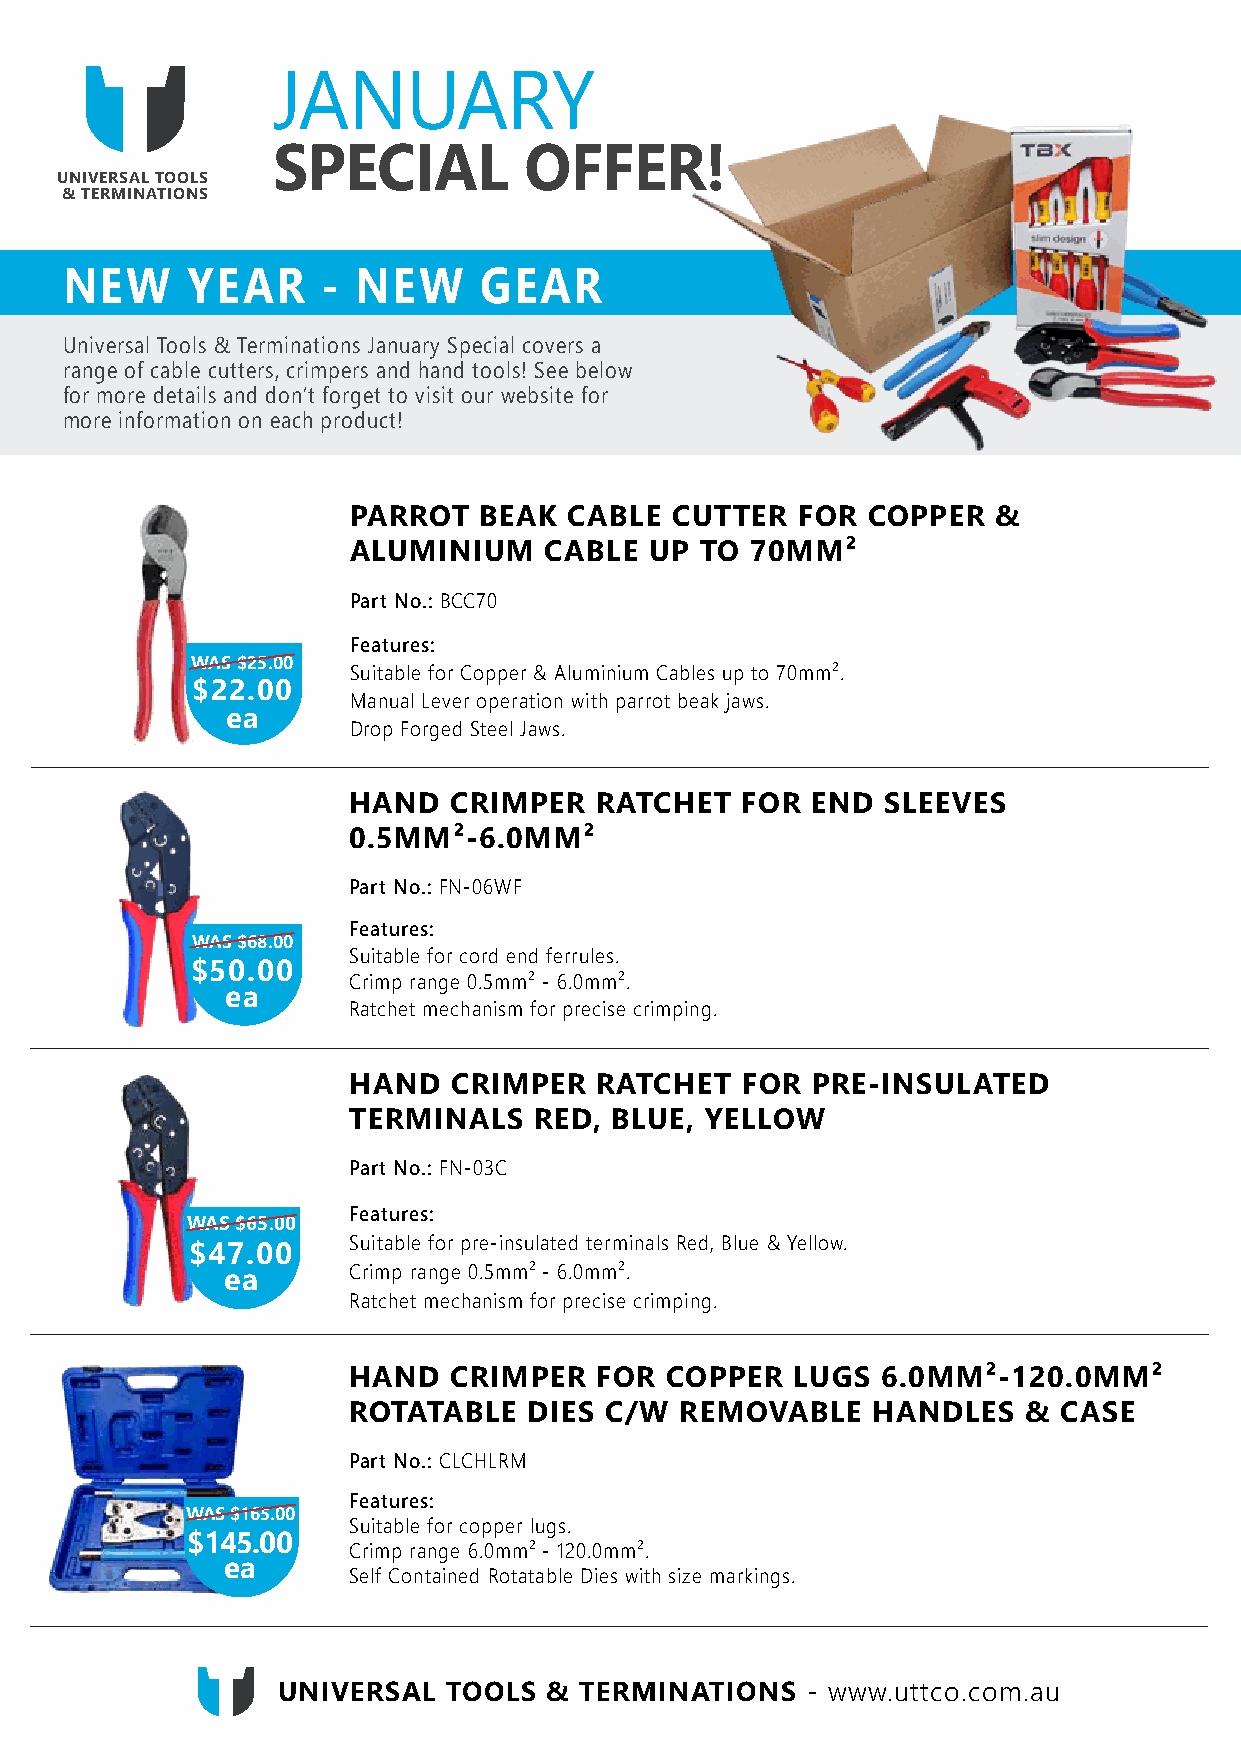
JANUARY
 SPECIAL          OFFER!
 UNIVERSAL TOOLS
 & TERMINATIONS
 NEW     YEAR     -  NEW     GEAR
 Universal Tools & Terminations January Special covers a
 range of cable cutters, crimpers and hand tools! See below
 for more details and don’t forget to visit our website for
 more information on each product!
 PARROT   BEAK  CABLE CUTTER   FOR COPPER   &
 ALUMINIUM    CABLE  UP TO  70MM²
 Part No.: BCC70
 Features:
 WAS $25.00
 Suitable for Copper & Aluminium Cables up to 70mm².
 $22.00
 Manual Lever operation with parrot beak jaws.
 ea
 Drop Forged Steel Jaws.
 HAND   CRIMPER  RATCHET   FOR  END  SLEEVES
 0.5MM²-6.0MM²
 Part No.: FN-06WF
 Features:
 WAS $68.00
 Suitable for cord end ferrules.
 $50.00
 Crimp range 0.5mm² - 6.0mm².
 ea
 Ratchet mechanism for precise crimping.
 HAND   CRIMPER  RATCHET   FOR  PRE-INSULATED
 TERMINALS   RED, BLUE,  YELLOW
 Part No.: FN-03C
 Features:
 WAS $65.00
 Suitable for pre-insulated terminals Red, Blue & Yellow.
 $47.00
 ea      Crimp range 0.5mm² - 6.0mm².
 Ratchet mechanism for precise crimping.
 HAND   CRIMPER  FOR  COPPER   LUGS 6.0MM²-120.0MM²
 ROTATABLE   DIES C/W  REMOVABLE    HANDLES   & CASE
 Part No.: CLCHLRM
 Features:
 WAS $165.00
 Suitable for copper lugs.
 $145.00
 Crimp range 6.0mm² - 120.0mm².
 ea
 Self Contained Rotatable Dies with size markings.
 UNIVERSAL   TOOLS & TERMINATIONS   - www.uttco.com.au